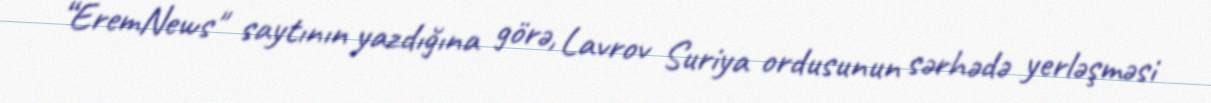
“EremNews" saytının yazdığına görə, Lavrov Suriya ordusunun sərhədə yerləşməsi